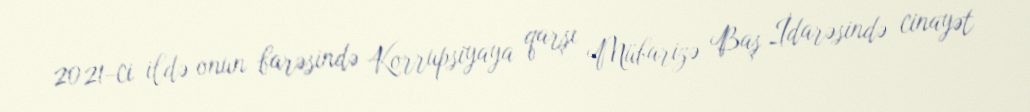
2021-ci ildə onun barəsində Korrupsiyaya qarşı Mübarizə Baş İdarəsində cinayət